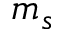
m _ { s }